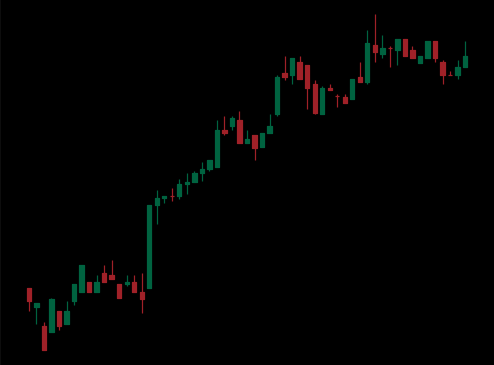
Pattern: bear_flag